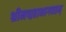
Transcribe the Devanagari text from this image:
श्रीमद्महाभागवतम्